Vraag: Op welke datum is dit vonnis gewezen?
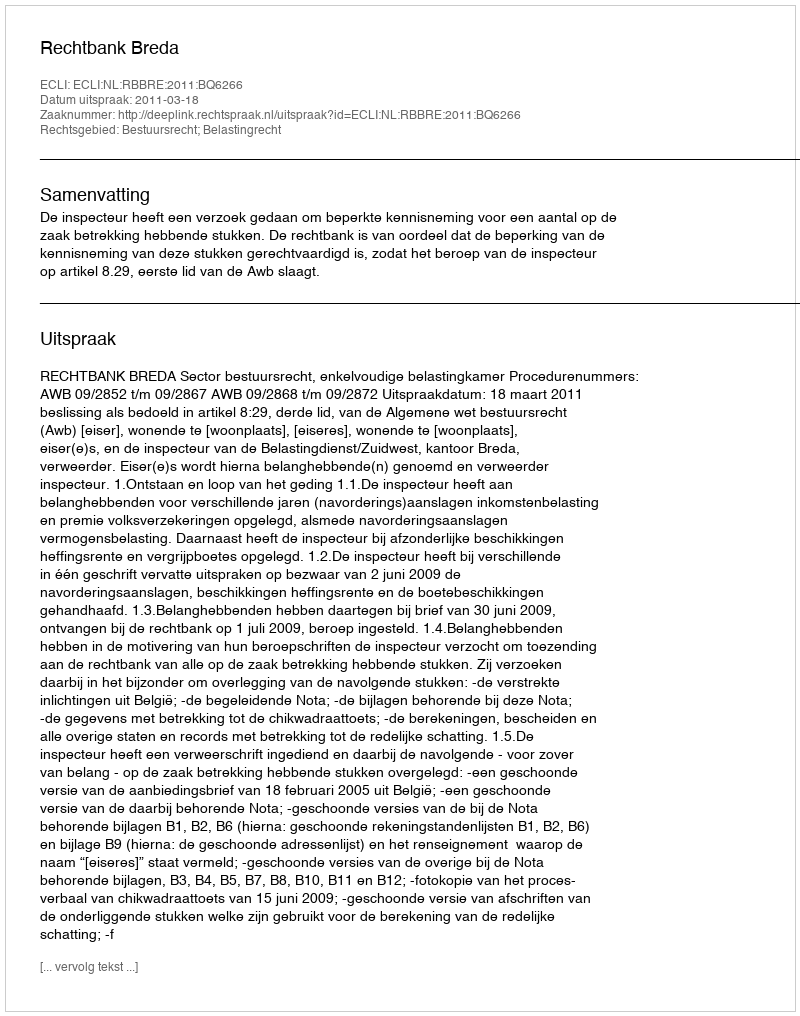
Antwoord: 2011-03-18